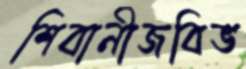
শিবানীজবিভ